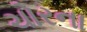
ચોરના